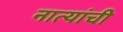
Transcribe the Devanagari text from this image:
नात्यांची